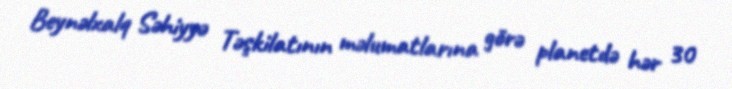
Beynəlxalq Səhiyyə Təşkilatının məlumatlarına görə planetdə hər 30